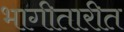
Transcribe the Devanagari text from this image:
भागीतारीत